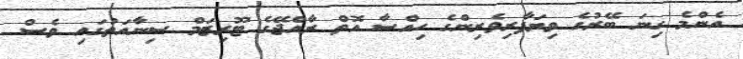
އެންމެ ގިނަ ބޭރުގެ ވިޔަފާރިވެރިންގެ ހިއްސާ އޮތް ރާއްޖޭގެ ޓޫރިޒަމް ސިނާއަތުގައި ވެސް